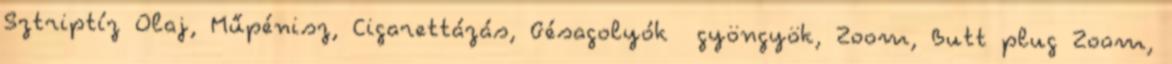
Sztriptíz Olaj, Műpénisz, Cigarettázás, Gésagolyók gyöngyök, Zoom, Butt plug Zoom,